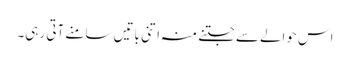
اس حوالےسے جتنے منہ اتنی باتیں سامنے آتی رہی۔